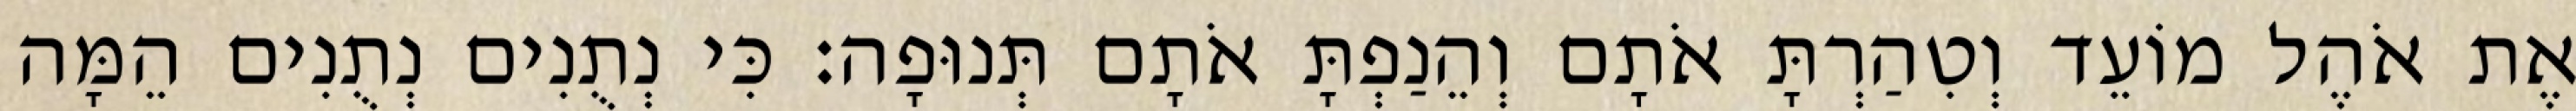
אֶת אֹהֶל מוֹעֵד וְטִהַרְתָּ אֹתָם וְהֵנַפְתָּ אֹתָם תְּנוּפָה׃ כִּי נְתֻנִים נְתֻנִים הֵמָּה